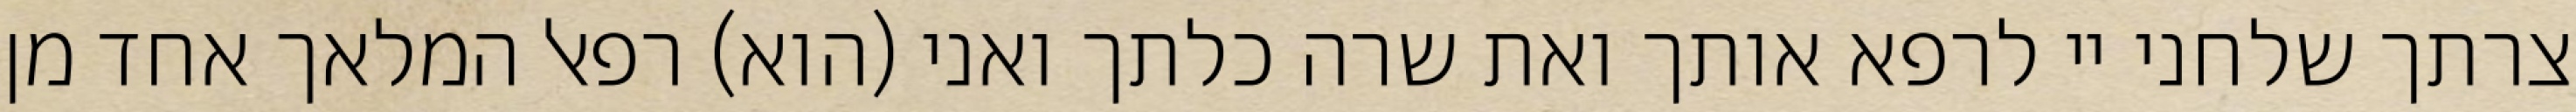
צרתך שלחני יי לרפא אותך ואת שרה כלתך ואני (הוא) רפאל המלאך אחד מן